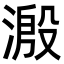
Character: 溵